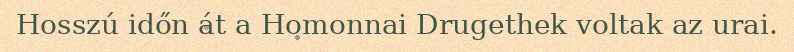
Hosszú időn át a Homonnai Drugethek voltak az urai.